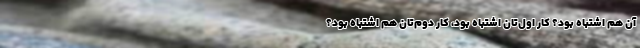
آن هم اشتباه بود؟ کار اول‌تان اشتباه بود، کار دوم‌تان هم اشتباه بود؟